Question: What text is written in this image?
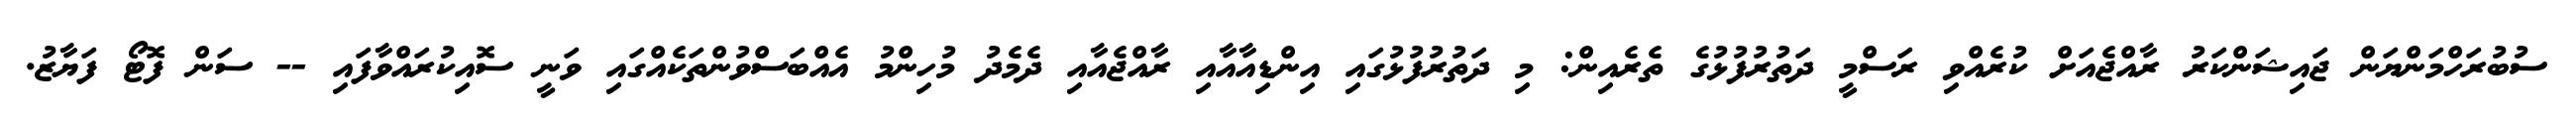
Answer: ސުބުރަހްމަންޔަން ޖައިޝަންކަރު ރާއްޖެއަށް ކުރެއްވި ރަސްމީ ދަތުރުފުޅުގެ ތެރެއިން: މި ދަތުރުފުޅުގައި އިންޑިއާއާއި ރާއްޖެއާއި ދެމެދު މުހިންމު އެއްބަސްވުންތަކެއްގައި ވަނީ ސޮއިކުރައްވާފައި -- ސަން ފޮޓޯ ފަޔާޒު.